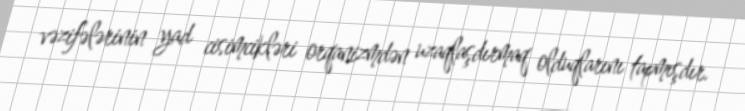
vəzifələrinin yad cisimcikləri orqanizmdən uzaqlaşdırmaq olduqlarını tapmışdır.